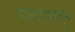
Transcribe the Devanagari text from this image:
समागमातून